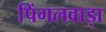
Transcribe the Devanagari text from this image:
पिंगलवाड़ा